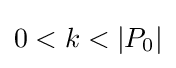
0<k<|P_{0}|